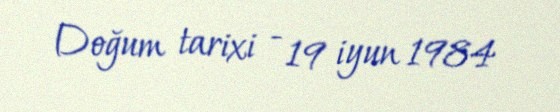
Doğum tarixi - 19 iyun 1984